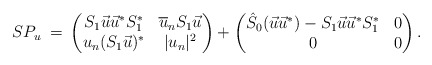
\begin{align*} SP_{u} \:=\: \begin{pmatrix} S_{1} \vec{u} \vec{u}^{*} S_{1}^{*} & \overline{u}_{n} S_{1} \vec{u} \\ u_{n} ( S_{1} \vec{u} )^{*} & |u_{n}|^{2} \end{pmatrix} + \begin{pmatrix} \hat{S}_{0}(\vec{u} \vec{u}^{*}) - S_{1} \vec{u} \vec{u}^{*} S_{1}^{*} & 0 \\ 0 & 0 \end{pmatrix}.\end{align*}